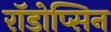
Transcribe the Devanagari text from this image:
रॉडोप्सिन